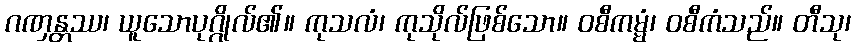
ဂဏှန္တဿ၊ ယူသောပုဂ္ဂိုလ်၏။ ကုသလံ၊ ကုသိုလ်ဖြစ်သော။ ဝစီကမ္မံ၊ ဝစီကံသည်။ တီသု၊